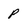
Character: p